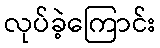
လုပ်ခဲ့ကြောင်း